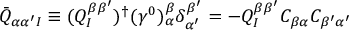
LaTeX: \bar { Q } _ { \alpha \alpha ^ { \prime } I } \equiv ( Q _ { I } ^ { \beta \beta ^ { \prime } } ) ^ { \dagger } ( \gamma ^ { 0 } ) _ { \alpha } ^ { \beta } \delta _ { \alpha ^ { \prime } } ^ { \beta ^ { \prime } } = - Q _ { I } ^ { \beta \beta ^ { \prime } } C _ { \beta \alpha } C _ { \beta ^ { \prime } \alpha ^ { \prime } }